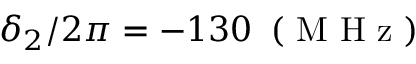
\delta _ { 2 } / 2 \pi = - 1 3 0 \, \mathrm { ~ ( ~ M ~ H ~ z ~ ) ~ }